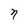
Character: n